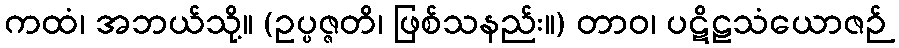
ကထံ၊ အဘယ်သို့။ (ဥပ္ပဇ္ဇတိ၊ ဖြစ်သနည်း။) တာဝ၊ ပဋိဠသံယောဇဉ်